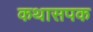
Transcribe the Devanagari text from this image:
कथासपक